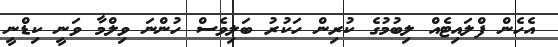
އެހެން ފްލައިޓެއް ލިބުމުގެ ކުރިން ހަކުރު ބަލިވެސް ހުންނަ ވިލްމާ ވަނީ ކިޑްނީ